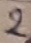
Text: 2